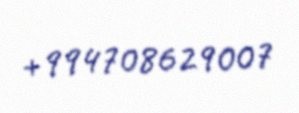
+994708629007